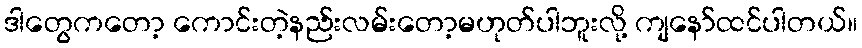
ဒါတွေကတော့ ကောင်းတဲ့နည်းလမ်းတော့မဟုတ်ပါဘူးလို့ ကျနော်ထင်ပါတယ်။